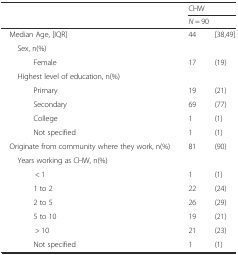
| <ROWSPAN=2>  | <COLSPAN=2> CHW |
 | <COLSPAN=2> N = 90 |
 | --- | --- | --- |
 | Median Age, [IQR] | 44 | [38,49] |
 | <COLSPAN=3> Sex, n(%) |
 | Female | 17 | (19) |
 | <COLSPAN=3> Highest level of education, n(%) |
 | Primary | 19 | (21) |
 | Secondary | 69 | (77) |
 | College | 1 | (1) |
 | Not specified | 1 | (1) |
 | Originate from community where they work, n(%) | 81 | (90) |
 | <COLSPAN=3> Years working as CHW, n(%) |
 | < 1 | 1 | (1) |
 | 1 to 2 | 22 | (24) |
 | 2 to 5 | 26 | (29) |
 | 5 to 10 | 19 | (21) |
 | > 10 | 21 | (23) |
 | Not specified | 1 | (1) |